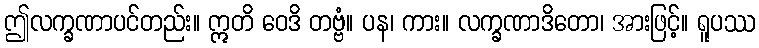
ဤလက္ခဏာပင်တည်း။ ဣတိ ဝေဒိ တဗ္ဗံ။ ပန၊ ကား။ လက္ခဏာဒိတော၊ အားဖြင့်။ ရူပဿ